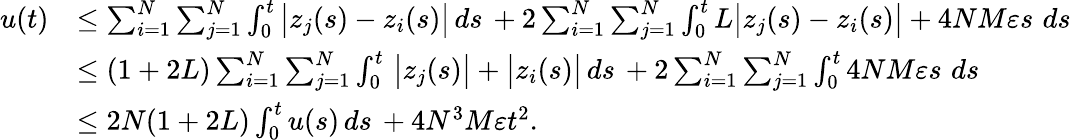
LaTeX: \begin{array}{rl}{u(t)}&{\leq\sum_{i=1}^{N}\sum_{j=1}^{N}\int_{0}^{t}\big|z_{j}(s)-z_{i}(s)\big|\, ds\, +2\sum_{i=1}^{N}\sum_{j=1}^{N}\int_{0}^{t}L\big|z_{j}(s)-z_{i}(s)\big|+4NM\varepsilon s\, \, ds\, }\\ &{\leq(1+2L)\sum_{i=1}^{N}\sum_{j=1}^{N}\int_{0}^{t}\, \big|z_{j}(s)\big|+\big|z_{i}(s)\big|\, ds\, +2\sum_{i=1}^{N}\sum_{j=1}^{N}\int_{0}^{t}4NM\varepsilon s\, \, ds\, }\\ &{\leq 2N(1+2L)\int_{0}^{t}u(s)\, ds\, +4N^{3}M\varepsilon t^{2}.}\end{array}